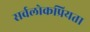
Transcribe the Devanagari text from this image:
सर्वलोकप्रियता